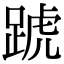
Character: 𨂜